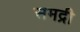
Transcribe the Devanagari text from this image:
समद्री